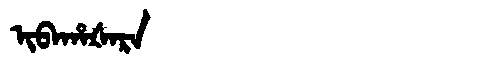
Manchu: ᡳᠪᠠᡥᠠᡧᠠᡵᠠ
Romanization: IBAHAŠARA